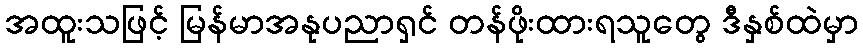
အထူးသဖြင့် မြန်မာအနုပညာရှင် တန်ဖိုးထားရသူတွေ ဒီနှစ်ထဲမှာ